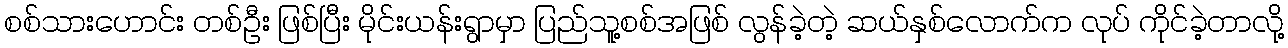
စစ်သားဟောင်း တစ်ဦး ဖြစ်ပြီး မိုင်းယန်းရွာမှာ ပြည်သူ့စစ်အဖြစ် လွန်ခဲ့တဲ့ ဆယ်နှစ်လောက်က လုပ် ကိုင်ခဲ့တာလို့